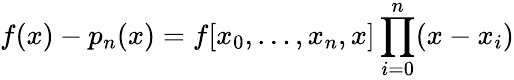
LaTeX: f(x)-p_{n}(x)=f[x_{0},\ldots,x_{n},x]\prod_{i=0}^{n}(x-x_{i})